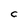
Character: C